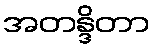
အတန္ဒိတာ